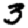
Digit: 3